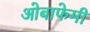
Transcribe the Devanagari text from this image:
ओबाफेमी